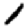
Digit: 1